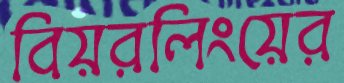
বিয়রলিংয়ের